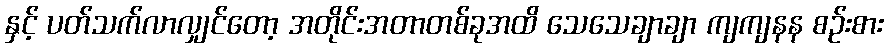
နှင့် ပတ်သက်လာလျှင်တော့ အတိုင်းအတာတစ်ခုအထိ သေသေချာချာ ကျကျနန စဉ်းစား